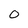
Character: 0